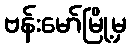
ဗန်းမော်မြို့မှ